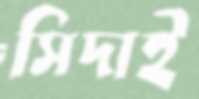
সিদাই